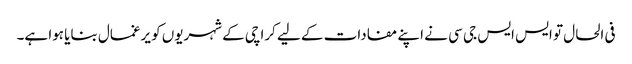
فی الحال تو ایس ایس جی سی نے اپنے مفادات کے لیے کراچی کے شہریوں کو یرغمال بنایا ہوا ہے۔